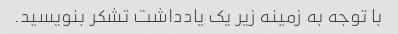
با توجه به زمینه زیر یک یادداشت تشکر بنویسید.